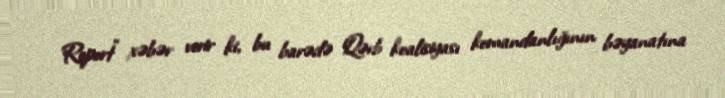
Report" xəbər verir ki, bu barədə Qərb koalisiyası komandanlığının bəyanatına